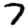
Digit: 7